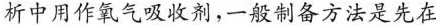
析中用作氧气吸收剂，一般制备方法是先在